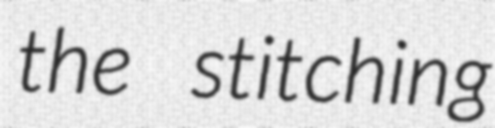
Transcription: the stitching